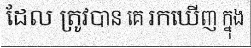
ដែល ត្រូវបាន គេ រកឃើញ ក្នុង